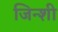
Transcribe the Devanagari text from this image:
जिन्शी